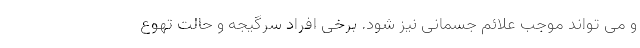
و می تواند موجب علائم جسمانی نیز شود. برخی افراد سرگیجه و حالت تهوع